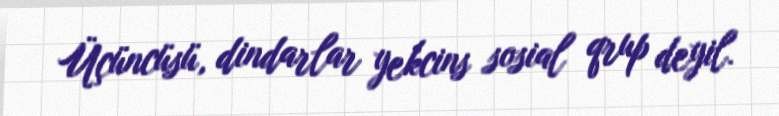
Üçüncüsü, dindarlar yekcins sosial qrup deyil.